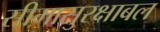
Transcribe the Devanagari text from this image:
सीमासुरक्षाबल